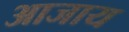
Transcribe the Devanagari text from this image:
आजाय